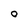
Character: o